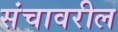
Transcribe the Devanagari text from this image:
संचावरील